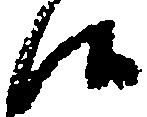
候